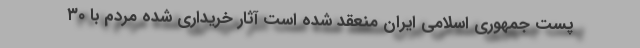
پست جمهوری اسلامی ایران منعقد شده است آثار خریداری شده مردم با ۳۰